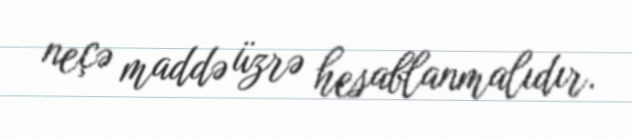
neçə maddə üzrə hesablanmalıdır.